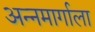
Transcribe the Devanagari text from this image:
अन्नमार्गाला